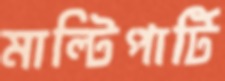
মাল্টিপার্টি